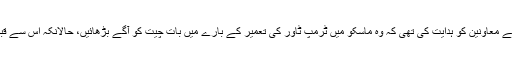
وہ اپنی شہادت میں کل اس بات کی بھی تصدیق کریں گے کہ صدر ٹرمپ نے اپنے معاونین کو ہدایت کی تھی کہ وہ ماسکو میں ٹرمپ ٹاور کی تعمیر کے بارے میں بات چیت کو آگے بڑھائیں، حالانکہ اس سے قبل اُنہوں نے یہ بیان دیا تھا کہ روس میں اُن کے کوئی کاروباری مفادات نہیں ہیں۔